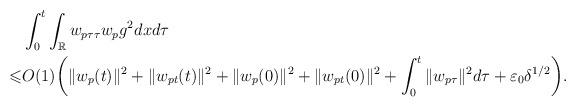
LaTeX: \begin{align*}& \int_0^t \int_\mathbb{R} w_{p\tau\tau} w_p g^2 dxd\tau\\\leqslant& O(1) \bigg(\|w_p(t)\|^2 + \|w_{pt}(t)\|^2+ \|w_p(0)\|^2 + \|w_{pt}(0)\|^2+ \int_0^t \|w_{p\tau}\|^2 d\tau+ \varepsilon_0 \delta^{1/2}\bigg).\end{align*}